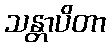
သန္တာပိတာ